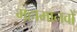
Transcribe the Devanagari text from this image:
महामानवों